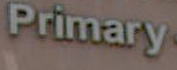
Primary